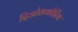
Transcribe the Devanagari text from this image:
दिओसकोर्दिया